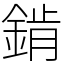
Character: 錹